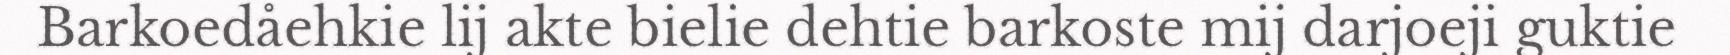
Barkoedåehkie lij akte bielie dehtie barkoste mij darjoeji guktie